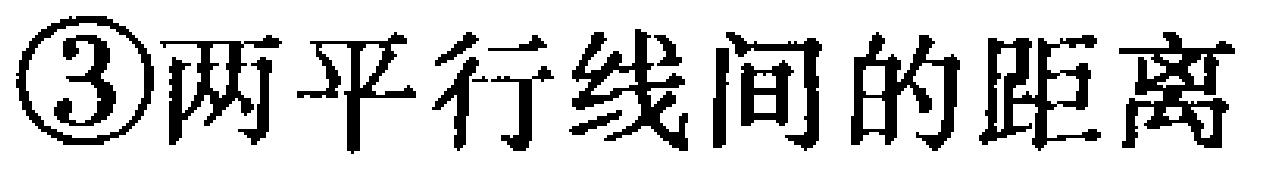
\textcircled{3}两平行线间的距离